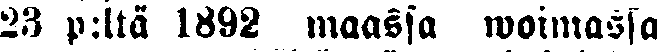
23 p:ltä 1892 maassa woimassa